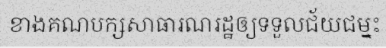
ខាងគណបក្សសាធារណរដ្ឋឲ្យទទួលជ័យជម្នះ